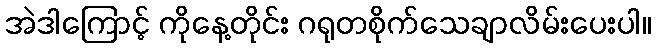
အဲဒါကြောင့် ကိုနေ့တိုင်း ဂရုတစိုက်သေချာလိမ်းပေးပါ။